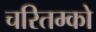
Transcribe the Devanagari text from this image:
चरितम्को